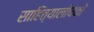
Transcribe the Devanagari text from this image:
साहित्यालोचकों